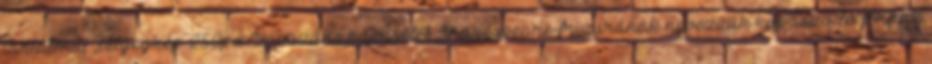
tartalma: „bélyegkép 250px Impozáns hajviselet Shakespeare-frizurának nevezzük kopaszodó férfiak